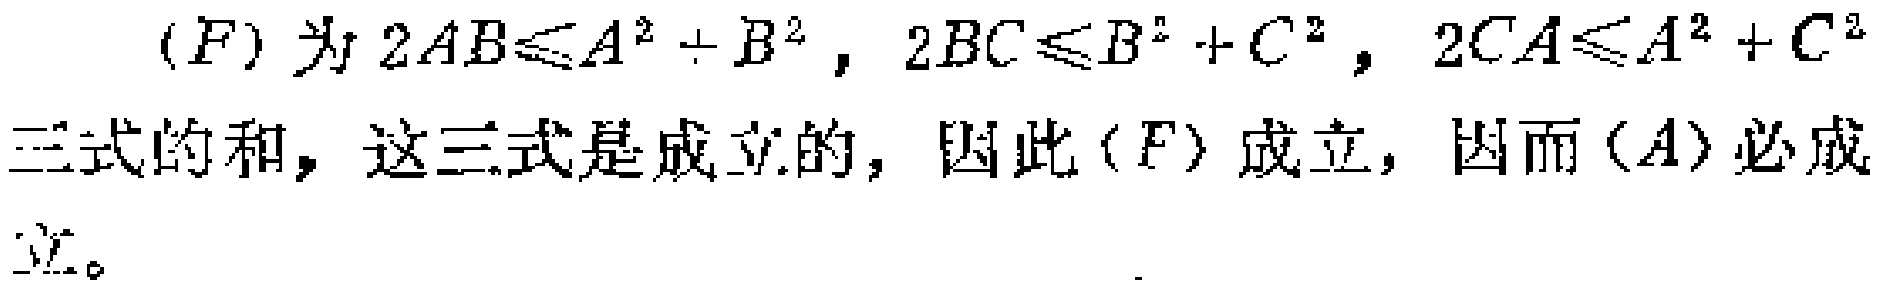
\((F)\)为\(2AB\leqslant A^{2} + B^{2}\)，\(2BC\leqslant B^{2} + C^{2}\)，\(2CA\leqslant A^{2} + C^{2}\)三式的和，这三式是成立的，因此\((F)\)成立，因而\((A)\)必成立。